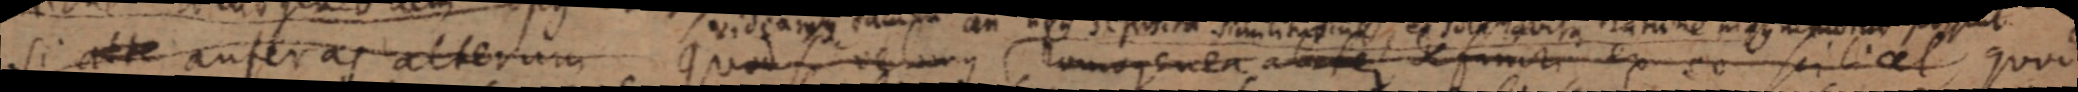
si ate auferas alterum quod si velunque homogenea aliter definiti ex eo scilicet quod